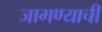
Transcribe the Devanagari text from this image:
जागण्याची